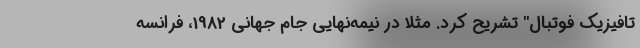
تافیزیک فوتبال" تشریح کرد. مثلا در نیمه‌نهایی جام جهانی 1982، فرانسه